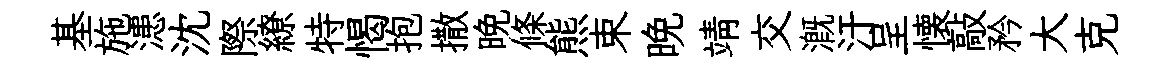
基施漶沈際繚特愒抱撒晚條熊束晚靖交溉汙呈懐敲矜大克